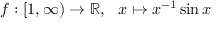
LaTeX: f : [ 1 , \infty ) \to \mathbb { R } , \ \ x \mapsto x ^ { - 1 } \sin x